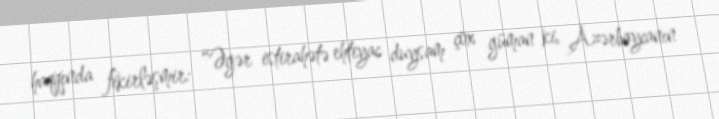
haqqında fikirləşmir: “Əgər istirahətə ehtiyac duysam çox güman ki, Azərbaycanın